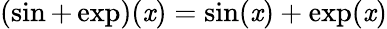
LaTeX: (\sin+\exp)(\mathit{x})=\sin(\mathit{x})+\exp(\mathit{x})